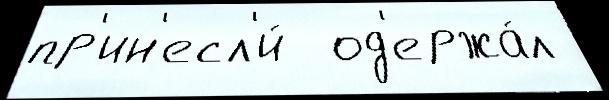
пр'ин'есл'и́  од'ержа́л